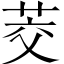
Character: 茭